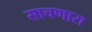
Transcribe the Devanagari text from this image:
साचणारा